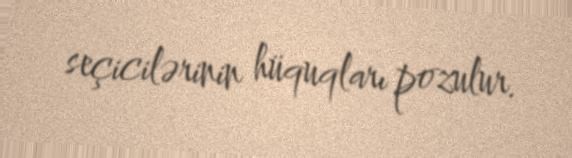
seçicilərinin hüquqları pozulur.